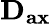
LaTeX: \mathbf{D_{ax}}